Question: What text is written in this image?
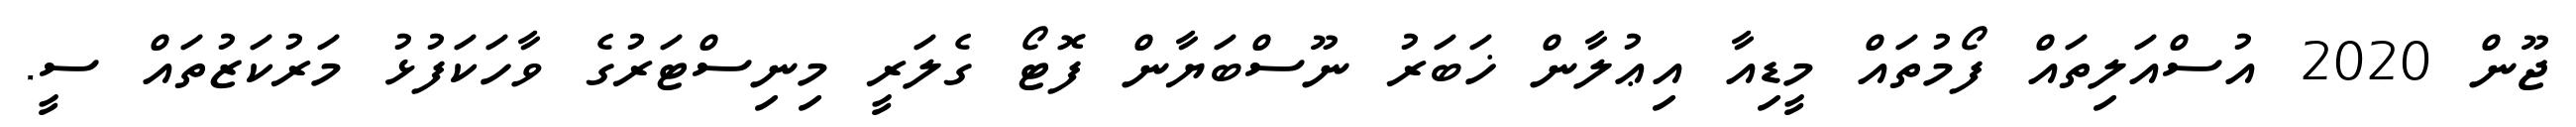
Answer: ޖޫން 2020 އުސްއަލިތައް ފޯމުތައް މީޑިއާ އިޢުލާން ޚަބަރު ނޫސްބަޔާން ފޮޓޯ ގެލަރީ މިނިސްޓަރުގެ ވާހަކަފުޅު މަރުކަޒުތައް ސީ.